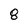
Character: 8